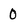
Character: 0